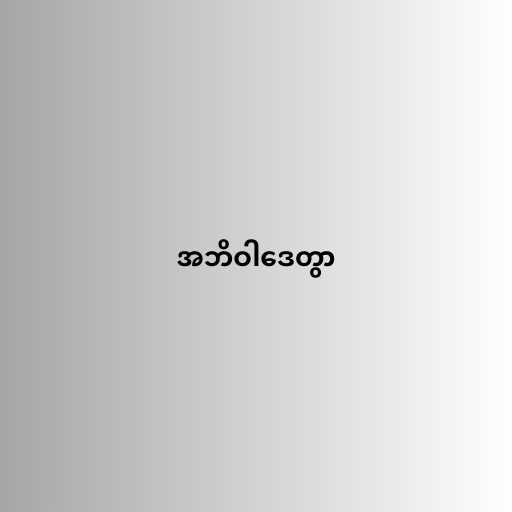
အဘိဝါဒေတွာ